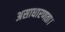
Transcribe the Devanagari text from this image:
असाधारणता।